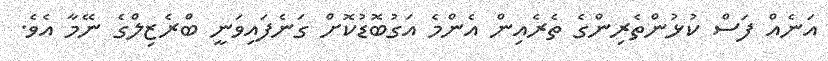
އަނެއް ފަސް ކުޅުންތެރިންގެ ތެރެއިން އެންމެ އަގުބޮޑުކޮށް ގަނެފައިވަނީ ބްރެޒިލްގެ ނޭމާ އެވެ.